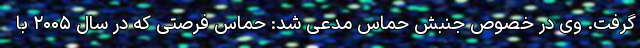
گرفت. وی در خصوص جنبش حماس مدعی شد: حماس فرصتی که در سال ۲۰۰۵ با